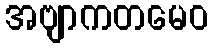
အဗျာကတမေဝ